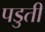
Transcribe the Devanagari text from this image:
पडुती